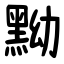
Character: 黝